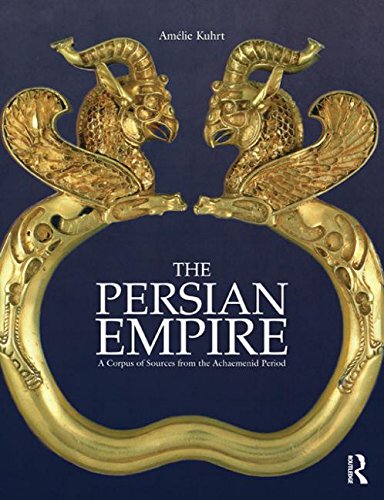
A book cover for The Persian Empire: A Corpus of Sources from the Achaemenid Period; AmÃ©lie Kuhrt; History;